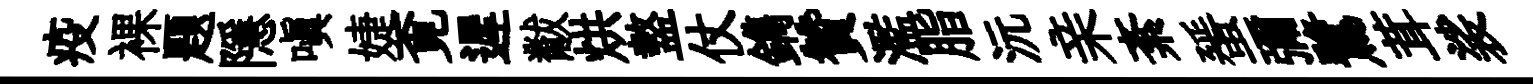
疫裸題隱嗔婕覔遲黻烘盩仗鐫贊濫脂沅亲紊蜑彌鷺茸裟